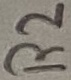
Text: R2